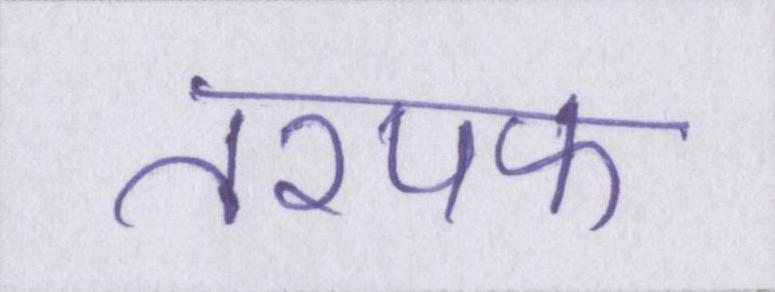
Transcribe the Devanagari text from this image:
तरपफ